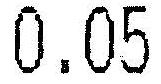
0.05